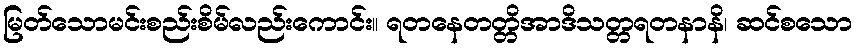
မြတ်သောမင်းစည်းစိမ်လည်းကောင်း။ ရတနေတတ္တိအာဒိသတ္တရတနာနိ၊ ဆင်စသော